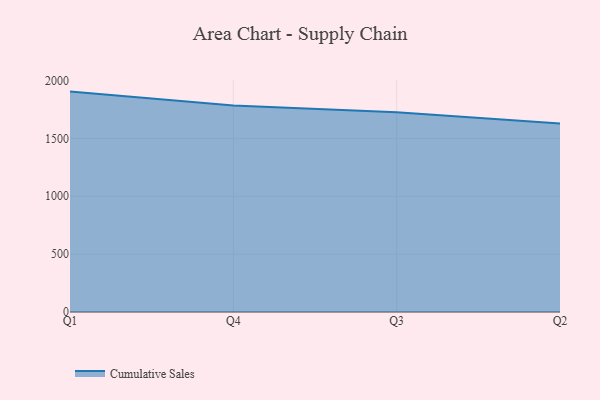
{"axis": {"x": "Quarter", "y": "Budget (USD K)"}, "legend": ["Cumulative Sales"], "data": [{"x": "Q1", "y": 1904.4, "type": "Cumulative Sales"}, {"x": "Q4", "y": 1783.9, "type": "Cumulative Sales"}, {"x": "Q3", "y": 1726.7, "type": "Cumulative Sales"}, {"x": "Q2", "y": 1628.1, "type": "Cumulative Sales"}]}